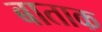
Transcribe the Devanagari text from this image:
बाताक